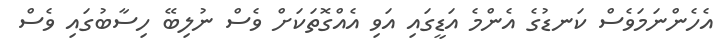
އެހެންނަމަވެސް ކަނޑުގެ އެންމެ އަޑީގައި އަވި އެއްގޮތަކަށް ވެސް ނުލިބޭ ހިސާބުގައި ވެސް